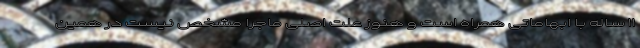
۱۱ ساله با ابهاماتی همراه است و هنوز علت اصلی ماجرا مشخص نیست در همین